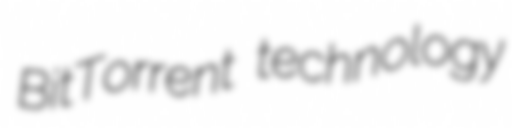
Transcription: BitTorrent technology